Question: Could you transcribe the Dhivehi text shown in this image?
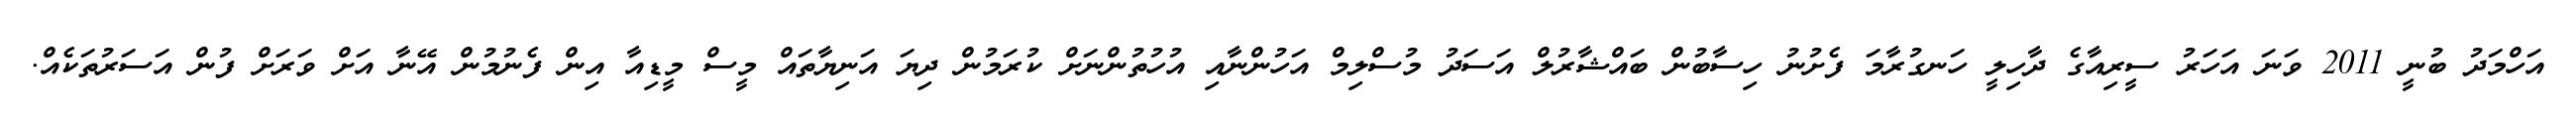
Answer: އަހްމަދު ބުނީ 2011 ވަނަ އަހަރު ސީރިއާގެ ދާހިލީ ހަނގުރާމަ ފެށުނު ހިސާބުން ބައްޝާރުލް އަސަދު މުސްލިމް އަހުންނާއި އުހުތުންނަށް ކުރަމުން ދިޔަ އަނިޔާތައް މީސް މީޑިއާ އިން ފެނުމުން އޭނާ އަށް ވަރަށް ފުން އަސަރުތަކެއް.